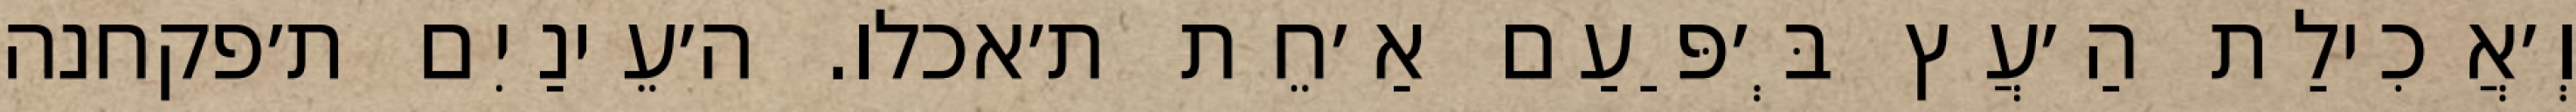
וְ׳אֲכִילַת הַ׳עֲץ בְּ׳פַּעַם אַ׳חֵת ת׳אכלו. ה׳עֵינַיִם ת׳פקחנה